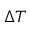
\Delta T